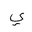
Letter: _ya